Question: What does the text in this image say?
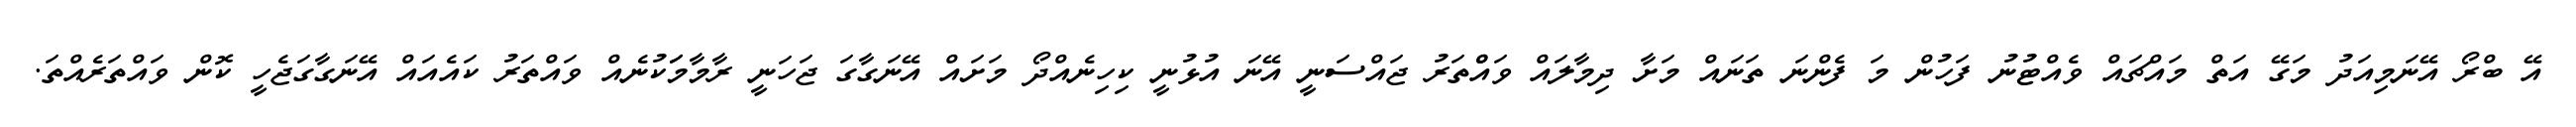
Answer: އޭ ބްރޯ އޭނަމިއަދު މަގޭ އަތް މައްޗައް ވެއްޓުނު ފަހުން މަ ފެންނަ ތަނައް މަށާ ދިމާލައް ވައްްތަރު ޖައްސަނީ އޭނަ އުޅުނީ ކިހިނެއްދޯ މަށައް އޭނަގާގަ ޖަހަނީ ރާމާމަަކުނެއް ވައްތަރު ކައެއައް އޭނަގާގަޖެހީ ކޮން ވައްތަރެއްތަ.